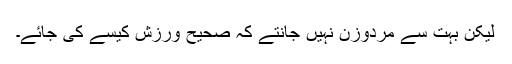
لیکن بہت سے مردوزن نہیں جانتے کہ صحیح ورزش کیسے کی جائے۔